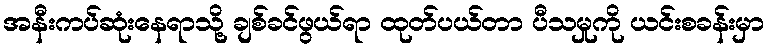
အနီးကပ်ဆုံးနေရာသို့ ချစ်ခင်ဖွယ်ရာ ထုတ်ပယ်တာ ပီသမှုကို ယင်းစခန်းမှာ